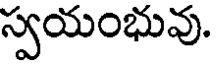
స్వయంభువు.